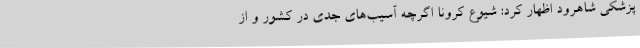
پزشکی شاهرود اظهار کرد: شیوع کرونا اگرچه آسیب‌های جدی در کشور و از